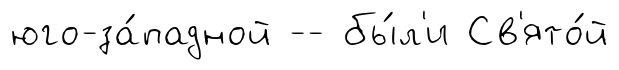
юго-за́падной -- бы́л'и Св'ято́й